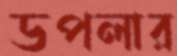
ডপলার